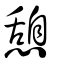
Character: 憩